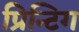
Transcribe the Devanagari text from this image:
प्रिन्टिग